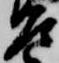
左